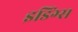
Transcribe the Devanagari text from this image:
इडिंग्स